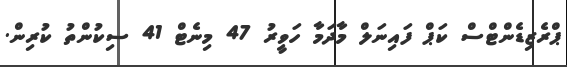
ޕްރެޒިޑެންޓްސް ކަޕް ފައިނަލް މާދަމާ ހަވީރު 47 މިނެޓް 41 ސިކުންތު ކުރިން.